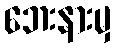
ဘေးနားမှ